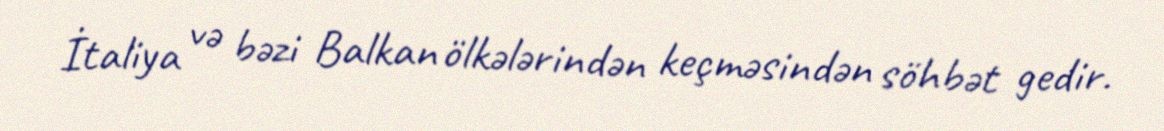
İtaliya və bəzi Balkan ölkələrindən keçməsindən söhbət gedir.